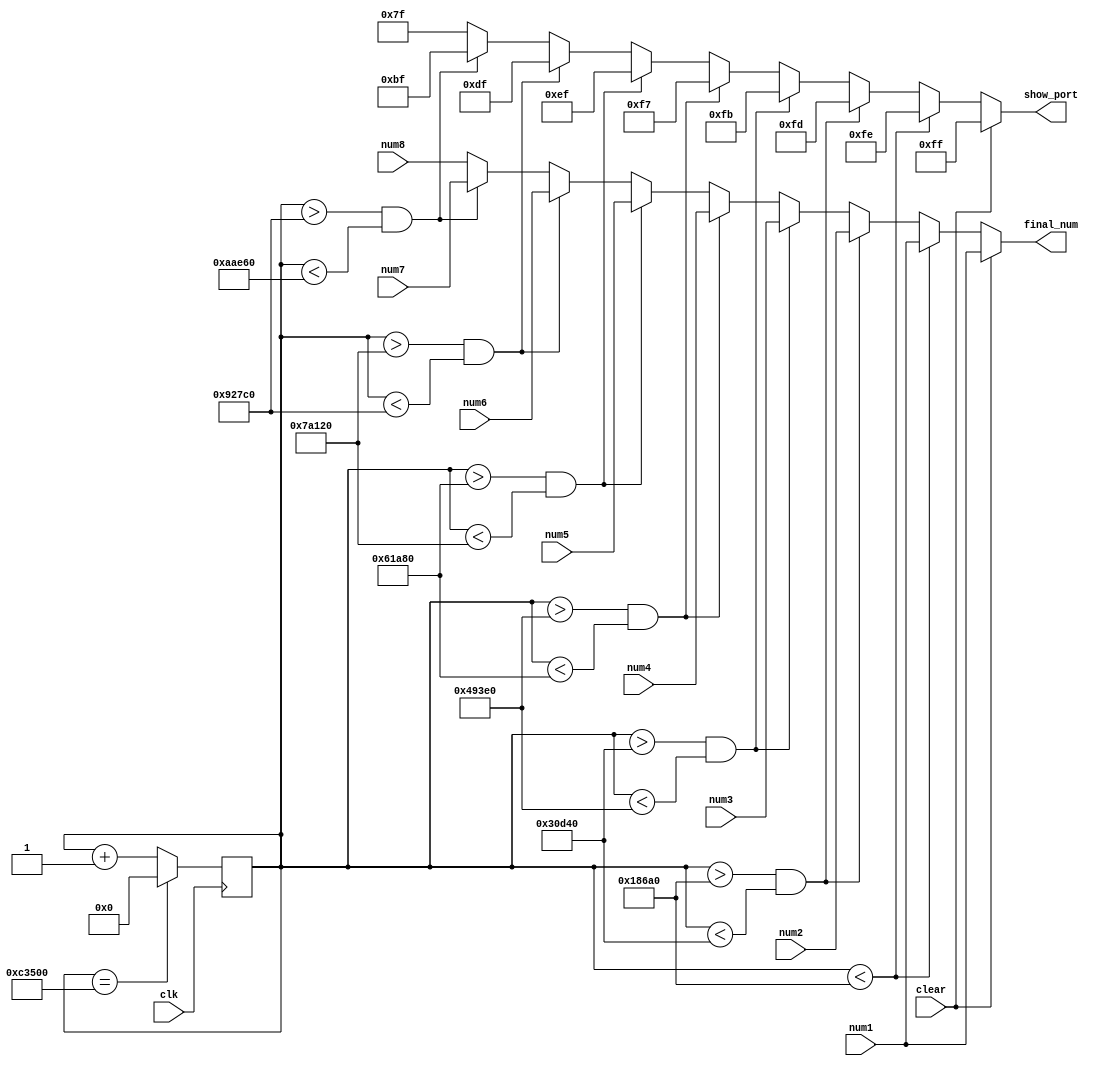
`timescale 1ns / 1ps
//////////////////////////////////////////////////////////////////////////////////
// Company: 
// Engineer: 
// 
// Design Name: 
// Module Name: show_seg
// Project Name: 
// Target Devices: 
// Tool Versions: 
// Description: 
// 
// Dependencies: 
// 
// Revision:
// Revision 0.01 - File Created
// Additional Comments:
// 
//////////////////////////////////////////////////////////////////////////////////


module show_seg(
	input clk,
	input [6:0] num1,
	input [6:0] num2,
	input [6:0] num3,
	input [6:0] num4,
	input [6:0] num5,
	input [6:0] num6,
	input [6:0] num7,
	input [6:0] num8,
	output reg [6:0] final_num,
	output reg [7:0] show_port,
	input clear
    );
	
	reg [31:0] counter;

	initial begin
		counter = 0;
	end

	always @(posedge clk) begin
		if (counter == 800000) counter <= 0;
		else counter <= counter + 1;
	end

	always @(*) begin
		if (clear) begin
			final_num = num1;
			show_port = 'b11111111;
		end
		else if (counter < 100000) begin
			final_num = num1;
			show_port = 'b11111110;
		end	
		else if (counter > 100000 && counter < 200000) begin
			final_num = num2;
			show_port = 'b11111101;
		end	
		else if (counter > 200000 && counter < 300000) begin
			final_num = num3;
			show_port = 'b11111011;
		end	
		else if (counter > 300000 && counter < 400000) begin
			final_num = num4;
			show_port = 'b11110111;
		end	
		else if (counter > 400000 && counter < 500000) begin
			final_num = num5;
			show_port = 'b11101111;
		end	
		else if (counter > 500000 && counter < 600000) begin
			final_num = num6;
			show_port = 'b11011111;
		end	
		else if (counter > 600000 && counter < 700000) begin
			final_num = num7;
			show_port = 'b10111111;
		end	
		else begin
			final_num = num8;
			show_port = 'b01111111;
		end	
	end
	
endmodule